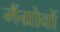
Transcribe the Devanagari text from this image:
मैंग्रोवों